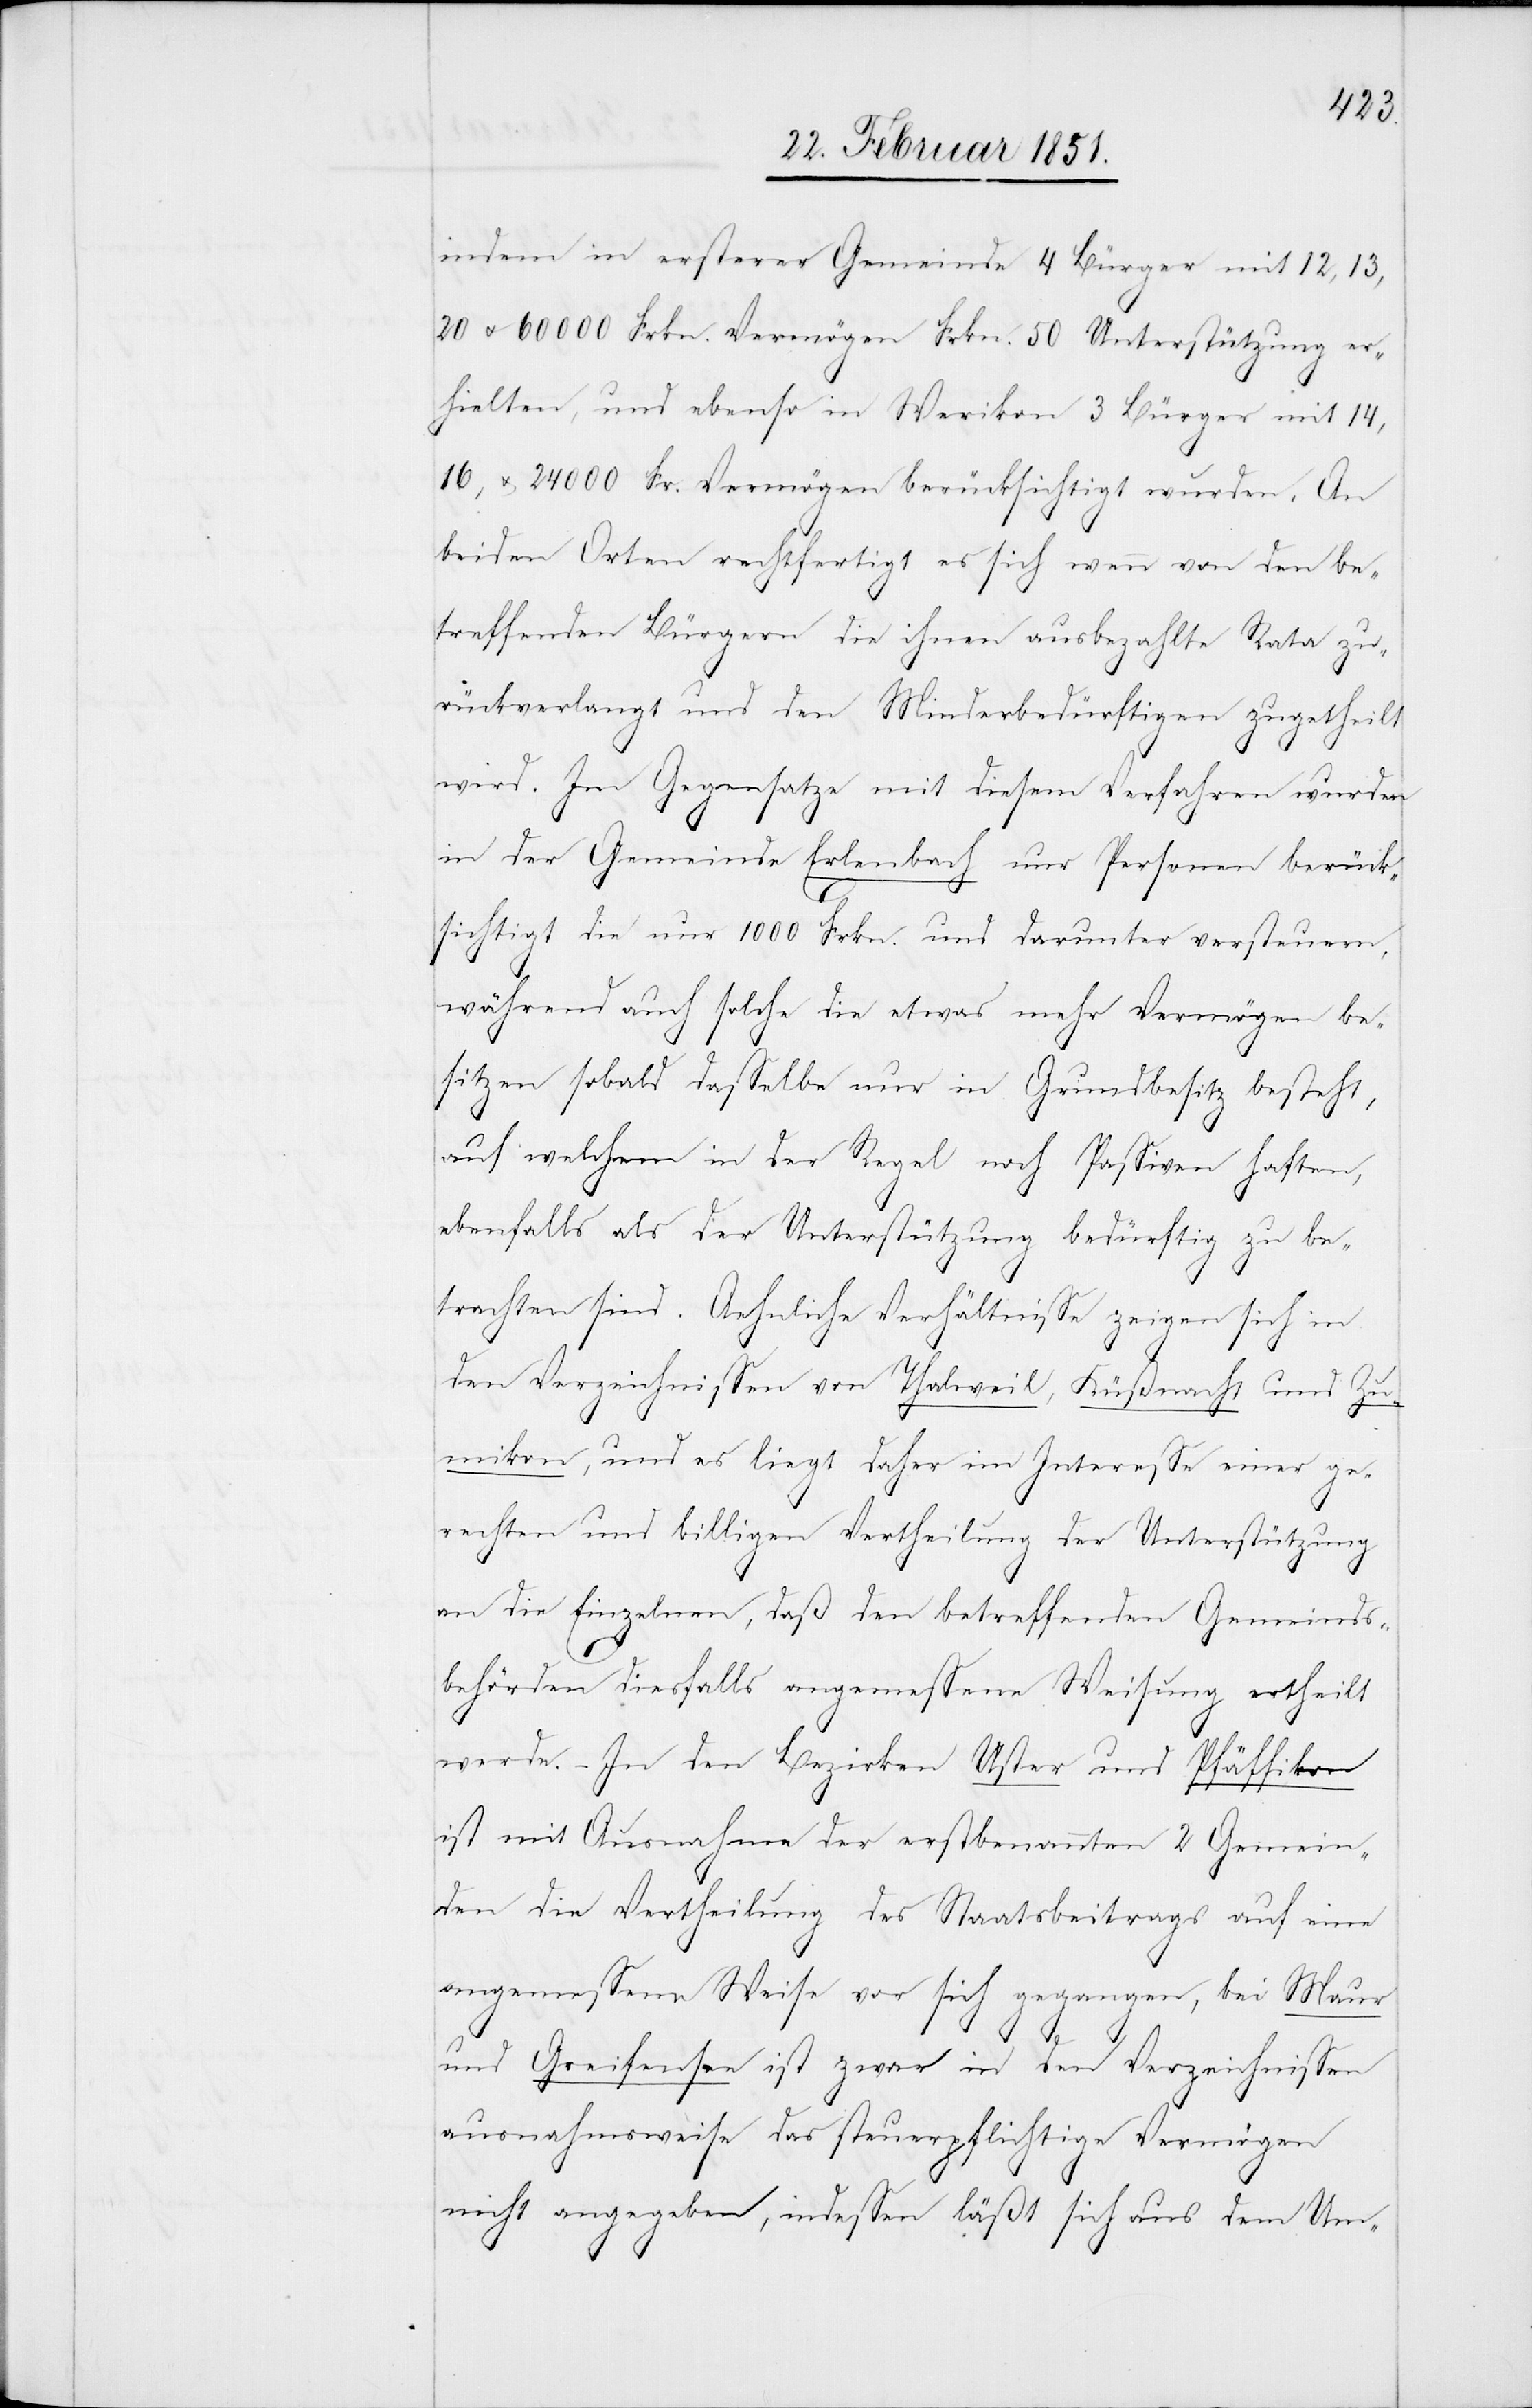
indem in ersterer Gemeinde 4 Bürger mit 12, 13,
20 u. 60000 Frkn. Vermögen Frkn. 50 Unterstützung er¬
hielten, und ebenso in Werikon 3 Bürger mit 14,
16, u. 24000 Fr. Vermögen berücksichtigt wurden. An
beiden Orten rechtfertigt es sich wenn von den be¬
treffenden Bürgern die ihnen ausbezahlte Rata zu¬
rückverlangt und den Minderbedürftigen zugetheilt
wird. Im Gegensatze mit diesem Verfahren wurden
in der Gemeinde Erlenbach nur Personen berück¬
sichtigt die nur 1000 Frkn. und darunter versteuern,
während auch solche die etwas mehr Vermögen be¬
sitzen sobald dasselbe nur in Grundbesitz besteht,
auf welchem in der Regel noch Passiven haften,
ebenfalls als der Unterstützung bedürftig zu be¬
trachten sind. Aehnliche Verhältnisse zeigen sich in
den Verzeichnissen von Thalweil, Küßnacht und Zu¬
mikon, und es liegt daher im Interesse einer ge¬
rechten und billigen Vertheilung der Unterstützung
an die Einzelnen, daß den betreffenden Gemeinds¬
behörden diesfalls angemessene Weisung ertheilt
werde. – In den Bezirken Uster und Pfäffikon
ist mit Ausnahme der erstbenannten 2 Gemein¬
den die Vertheilung des Staatsbeitrags auf eine
angemessene Weise vor sich gegangen, bei Maur
und Greifensee ist zwar in den Verzeichnissen
ausnahmsweise das steuerpflichtige Vermögen
nicht angegeben, indessen läßt sich aus dem Um-